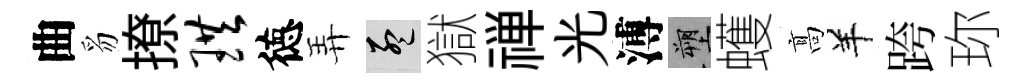
曲豸撩珙徳弄孟獄禅光溥塑蠖髙羊跨珎